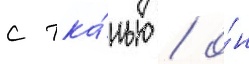
с тка́нью / о́н